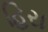
હિરા